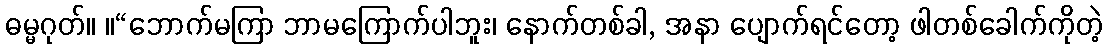
ဓမ္မဂုတ်။ ။“ဘောက်မကြာ ဘာမကြောက်ပါဘူး၊ နောက်တစ်ခါ, အနာ ပျောက်ရင်တော့ ဖါတစ်ခေါက်ကိုတဲ့